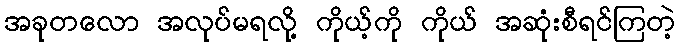
အခုတလော အလုပ်မရလို့ ကိုယ့်ကို ကိုယ် အဆုံးစီရင်ကြတဲ့